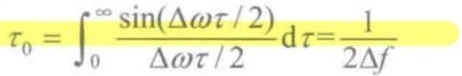
$\tau_{0}=\int_{0}^{\infty} \frac{\sin (\Delta \omega \tau / 2)}{\Delta \omega \tau / 2} \mathrm{~d} \tau=\frac{1}{2 \Delta f}$